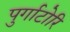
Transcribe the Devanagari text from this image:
पुर्गाटोरि